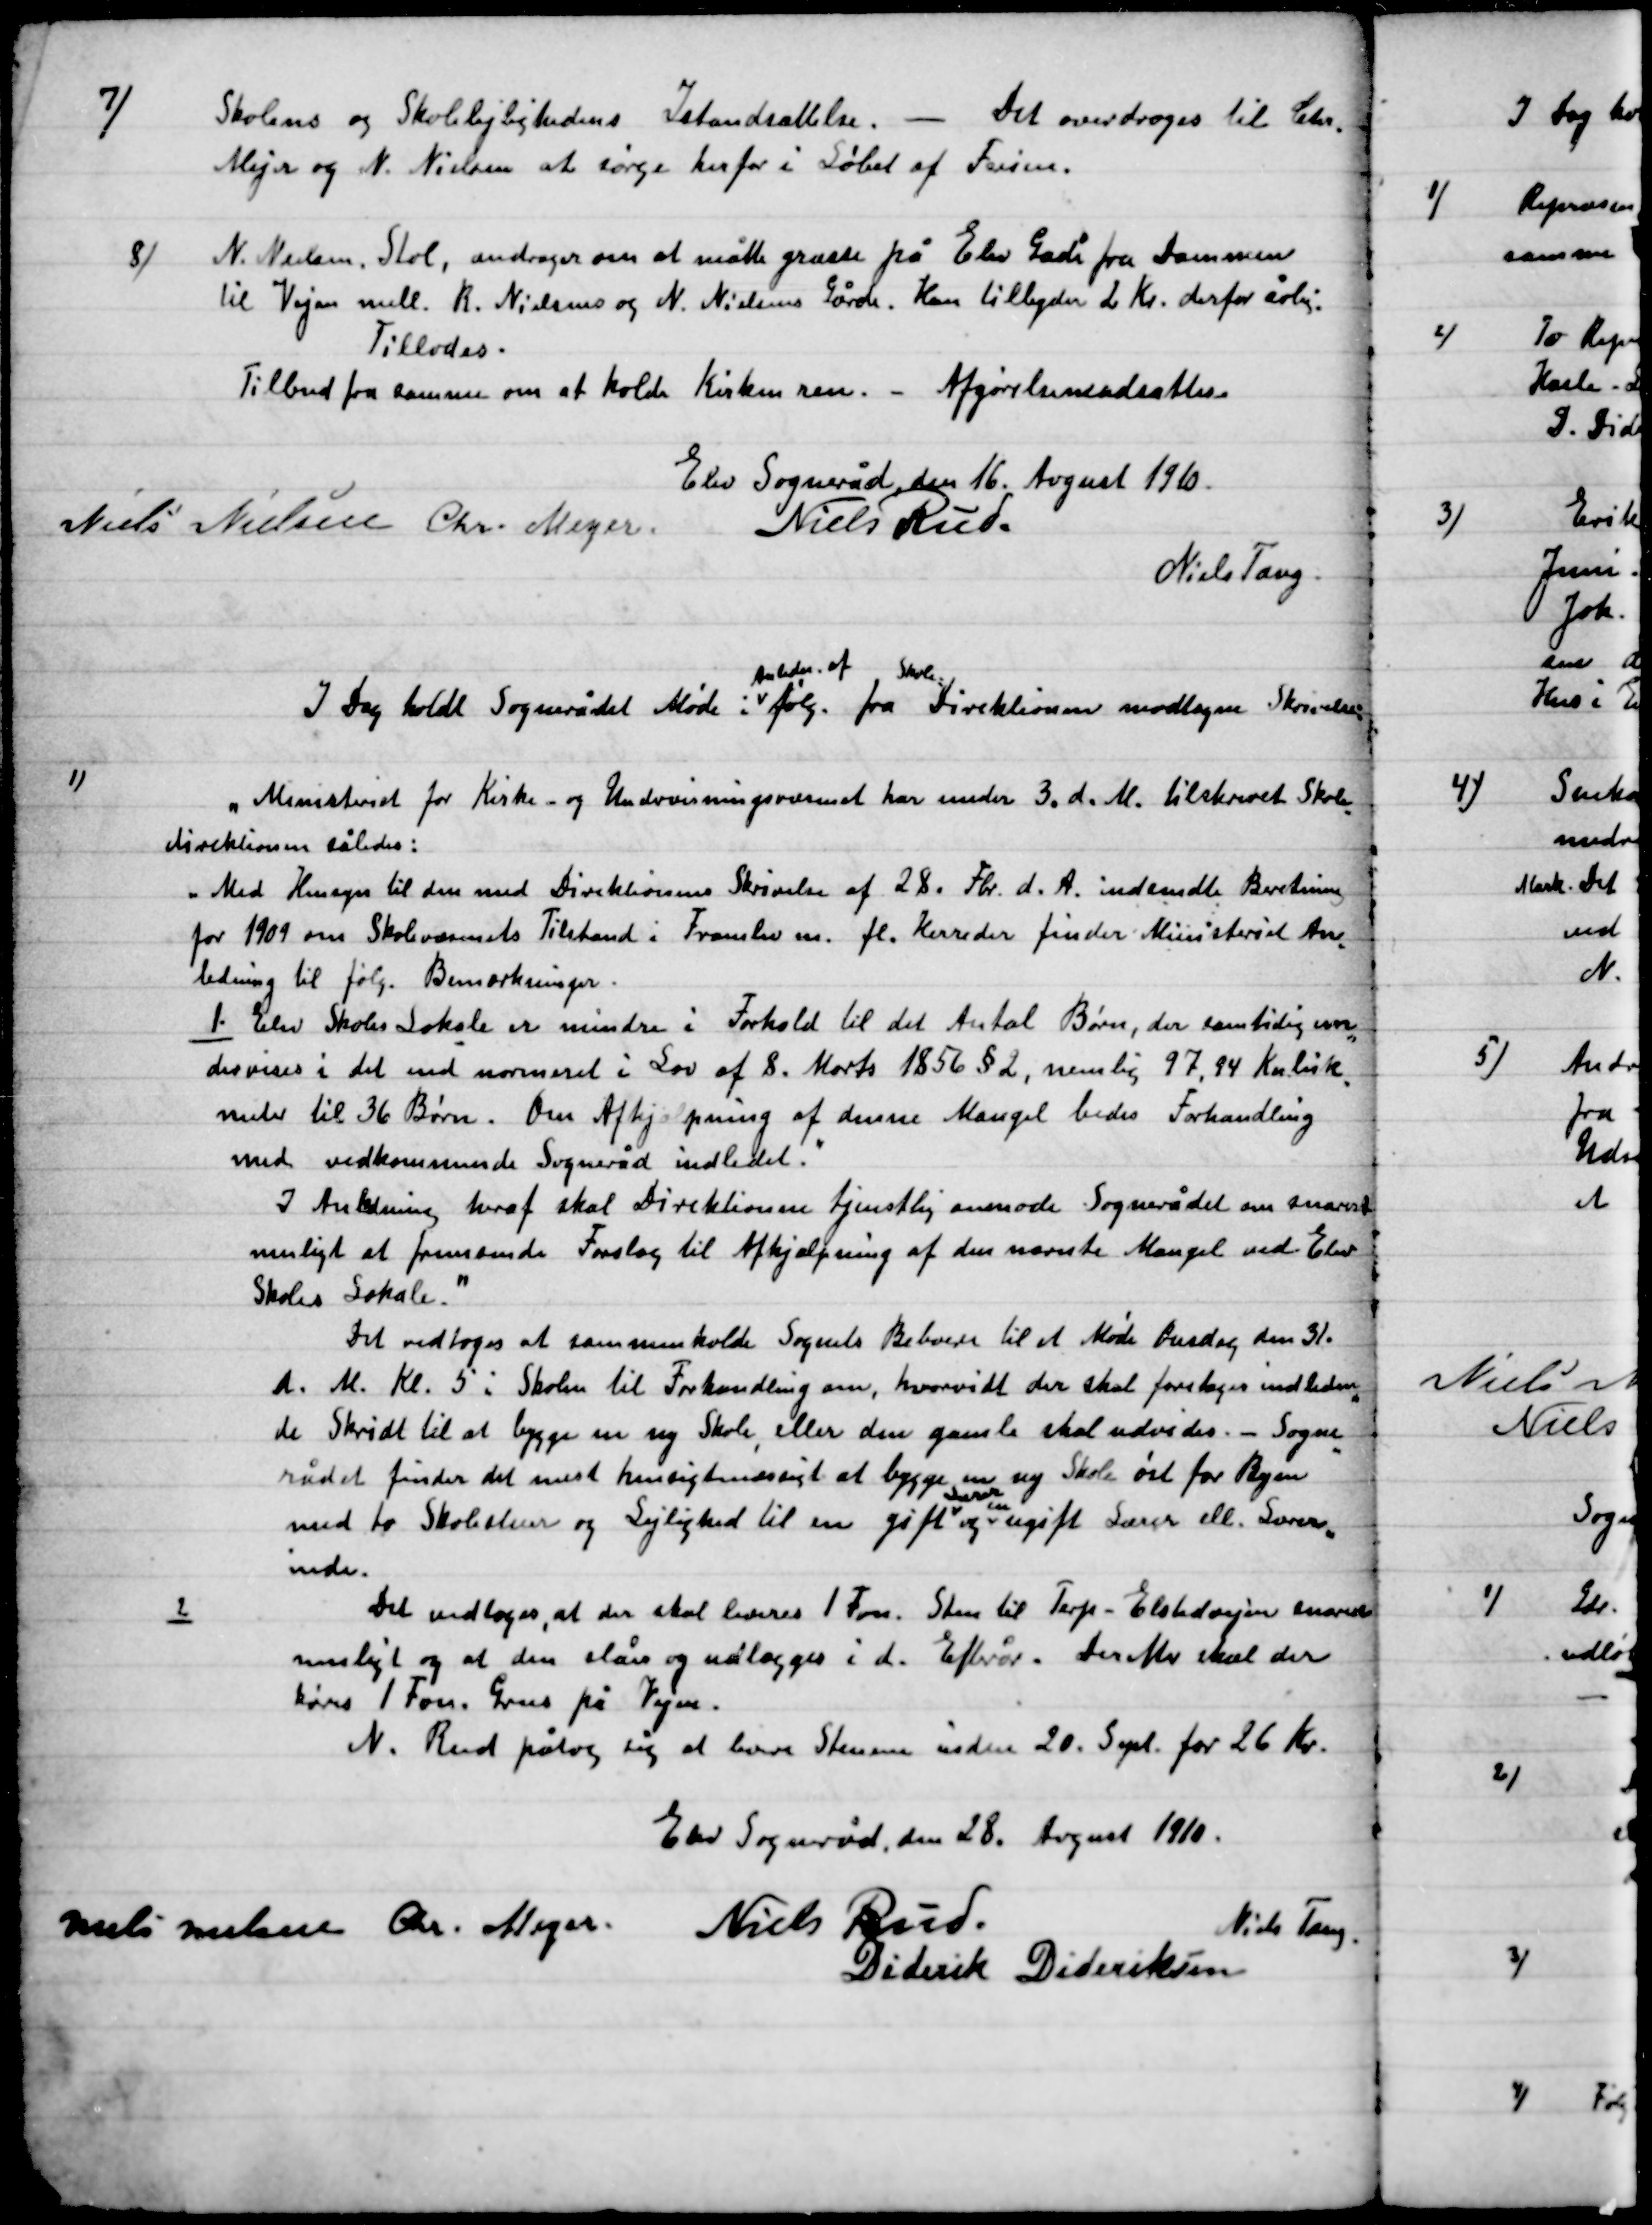
Transskription:
7)
Skolens og Skolelejlighedens Istandsættelse. – Det overdroges til Chr.

Mejer og N. Nielsen at sørge herfor i Løbet af Ferien.

8)

N. Nielsen, Stol, andrager om at måtte græsse på Elev gård fra Dammen
til Vejen mell. R. Nielsen og N. Nielsens Gård. Han tilbyder 2 Kr. derfor årlig.
Tillodes.
Tilbud fra samme om at holde Kirken ren. – Afgørelsen udsattes.

Elev Sogneråd, den 16. August. 1910.

Niels Nielsen
Chr. Meyer
Niels Rud
Niels Tang.

I Dag holdt Sognerådet Møde i
Århus af
følg. fra
Skole
Direktionen modtagne Skrivelse

1)

Ministeriets for Kirke og Undervisningsministeriet har under 3. d. M. tilskrevet Skole-
Direktionen således:
”Med Hensyn til den med Direktionens Skrivelse af 28. Fbr. d. A. indsendte Beretning
for 1909 om skolevæsenets Tilstand i Framlev m. fl. Herreder finder Ministeriet An-
ledning til følg. Bemærkninger.
1. Elev Skoles Lokaler er mindre i Forhold til det Antal Børn, der samtidig un-
dervises i det med normeret i Lov af 8. Marts 1856 § 2, nemlig 97,94 Kubik-
meter til 36 Børn. Om Afhjælpning af denne Mangel bedes Forhandling
med vedkommende Sogneråd indledet.”
I Anledning heraf skal Direktionen tjenstlig anmode sognerådet om snarest
Muligt at fremsende Forslag til Afhjælpning af den nævnte mangel ved Elev
Skoles Lokale.”
Det vedtoges at sammenkalde Sognets Beboere til et Møde Onsdag den 31.
D. M. Kl. 5 i Skolen til Forhandling om, hvorvidt der skal foretages indleden-
de Skridt til at bygge en ny skole, eller den gamle skal udvides. – Sogne-
rådet finder det mest hensigtsmæssigt at bygge en ny Skole øst for Byen
med to Skolestuer og Lejlighed til en gift
Lærer
og
en
ugift Lærer eller Lærer-
inde.

2)

Det vedtoges, at der skal leveres 1 Favn Sten til Terp-Elstedvejen snarest
muligtog at den slåes og udlægges i d. Efterår. Derefter skal der
køres 1 Favn Grus på Vejen.
N. Rud påtog sig at levere Stenene inden 20. Sept. for 26 Kr.

Elev Sogneråd, den 28. August. 1910.

Niels Nielsen
Chr. Meyer
Niels Rud
Niels Tang.
Deiderik Dideriksen